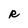
Character: R